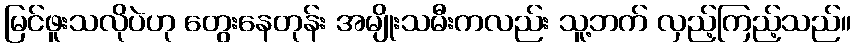
မြင်ဖူးသလိုပဲဟု တွေးနေတုန်း အမျိုးသမီးကလည်း သူ့ဘက် လှည့်ကြည့်သည်။